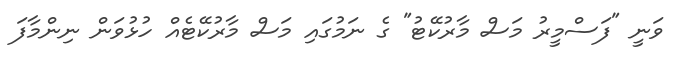
ވަނީ "ފަސްމީރު މަސް މާރުކޭޓު" ގެ ނަމުގައި މަސް މާރުކޭޓެއް ހުޅުވަން ނިންމާފަ